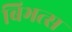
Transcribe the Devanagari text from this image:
बिभत्स